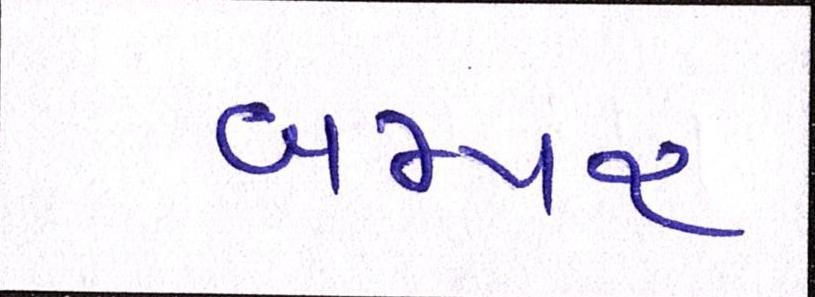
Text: બમ્પર